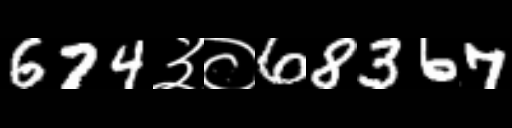
Text: 674३०68367